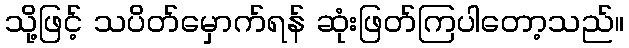
သို့ဖြင့် သပိတ်မှောက်ရန် ဆုံးဖြတ်ကြပါတော့သည်။